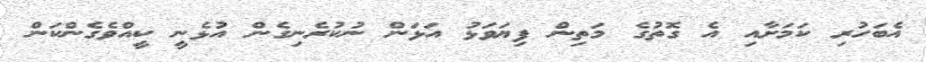
އެބަހުރި ކަމަށާއި އެ ގޮތުގެ މަތިން ފިޔަވަޅު އަޅަން ނުކުރެނިގެން އުޅެނީ ކީއްވެގެންކަން